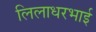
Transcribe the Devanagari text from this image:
लिलाधरभाई